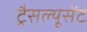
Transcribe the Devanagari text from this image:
ट्रैसल्यूसेंट